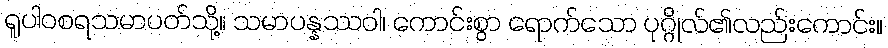
ရူပါဝစရသမာပတ်သို့။ သမာပန္နဿဝါ၊ ကောင်းစွာ ရောက်သော ပုဂ္ဂိုလ်၏လည်းကောင်း။